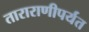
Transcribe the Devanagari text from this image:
ताराराणीपर्यंत